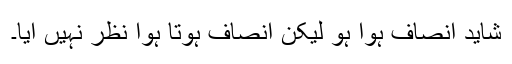
شاید انصاف ہوا ہو لیکن انصاف ہوتا ہوا نظر نہیں آیا۔